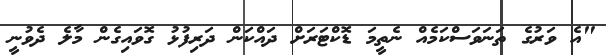
"އެ ވަރުގެ ތަނަވަސްކަމެއް ނެތީމަ ޑޮކްޓަރަށް ދައްކަން ދަރިފުޅު ގޮވައިގެން މާލެ ދެވުނީ